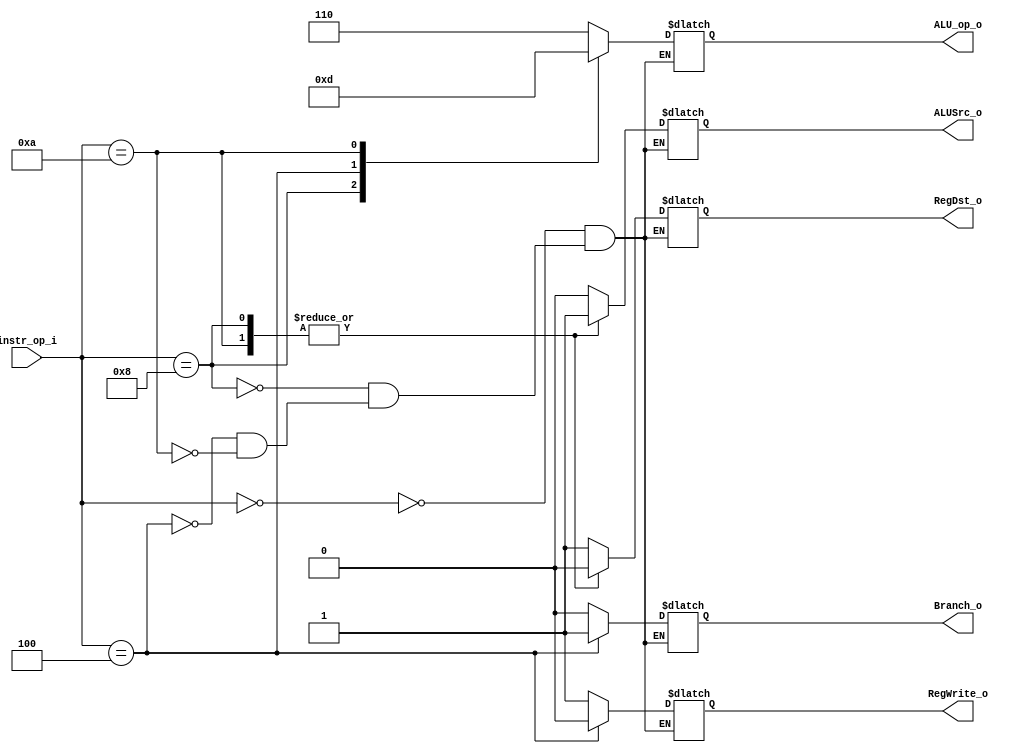
// 110550130 

//Subject:     CO project 2 - Decoder
//--------------------------------------------------------------------------------
//Version:     1
//--------------------------------------------------------------------------------
//Writer:      Luke
//----------------------------------------------
//Date:        
//----------------------------------------------
//Description: 
//--------------------------------------------------------------------------------
`timescale 1ns/1ps
module Decoder(
    instr_op_i,
	RegWrite_o,
	ALU_op_o,
	ALUSrc_o,
	RegDst_o,
	Branch_o
	);
     
//I/O ports
input  [6-1:0] instr_op_i;

output          RegWrite_o;
output  [3-1:0] ALU_op_o;
output          ALUSrc_o;
output          RegDst_o;
output          Branch_o;
 
//Internal Signals
reg    [3-1:0] ALU_op_o;
reg            ALUSrc_o;
reg            RegWrite_o;
reg            RegDst_o;
reg            Branch_o;

//Parameter

//Main function
always@(*) begin
    case(instr_op_i)
        // r
        6'b000000:
            {RegWrite_o, ALU_op_o, ALUSrc_o, RegDst_o, Branch_o} <= 7'b1110010;
        // addi
        6'b001000:
            {RegWrite_o, ALU_op_o, ALUSrc_o, RegDst_o, Branch_o} <= 7'b1000100;
        // beq  
        6'b000100:
            {RegWrite_o, ALU_op_o, ALUSrc_o, RegDst_o, Branch_o} <= 7'b00010x1;
        // slti
        6'b001010:
            {RegWrite_o, ALU_op_o, ALUSrc_o, RegDst_o, Branch_o} <= 7'b1101100;
    endcase
end

endmodule